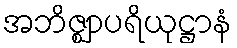
အဘိဇ္ဈာပရိယုဋ္ဌာနံ